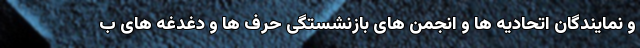
و نمایندگان اتحادیه ها و انجمن های بازنشستگی حرف ها و دغدغه های ب